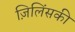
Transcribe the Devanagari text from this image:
ज़िलिंसकी